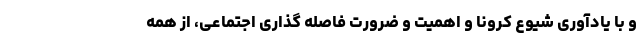
و با یادآوری شیوع کرونا و اهمیت و ضرورت فاصله گذاری اجتماعی، از همه